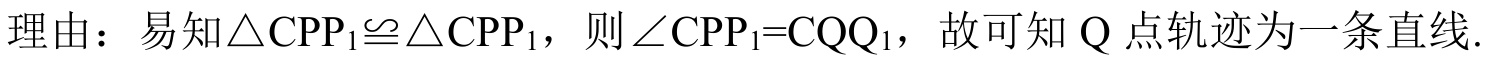
理由：易知\(\triangle CPP_{1}\cong\triangle CPP_{1}\)，则\(\angle CPP_{1}=CQQ_{1}\)，故可知\(Q\)点轨迹为一条直线.